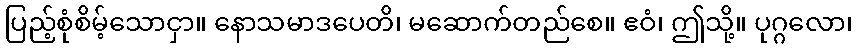
ပြည့်စုံစိမ့်သောငှာ။ နောသမာဒပေတိ၊ မဆောက်တည်စေ။ ဧဝံ၊ ဤသို့။ ပုဂ္ဂလော၊